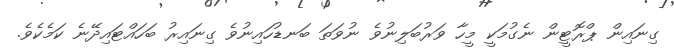
ގިނައިން ޕްރޮޓީން ނެގުމަކީ މީހާ ވަރުބަލިނުވެ ނުވަތަ ބަނޑުހައިނުވެ ގިނައިރު ބަހައްޓައިދޭނެ ކަމެކެެވެ.